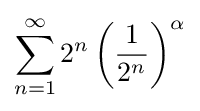
\sum _{n=1}^{\infty }2^{n}\left({\frac {1}{2^{n}}}\right)^{\alpha }